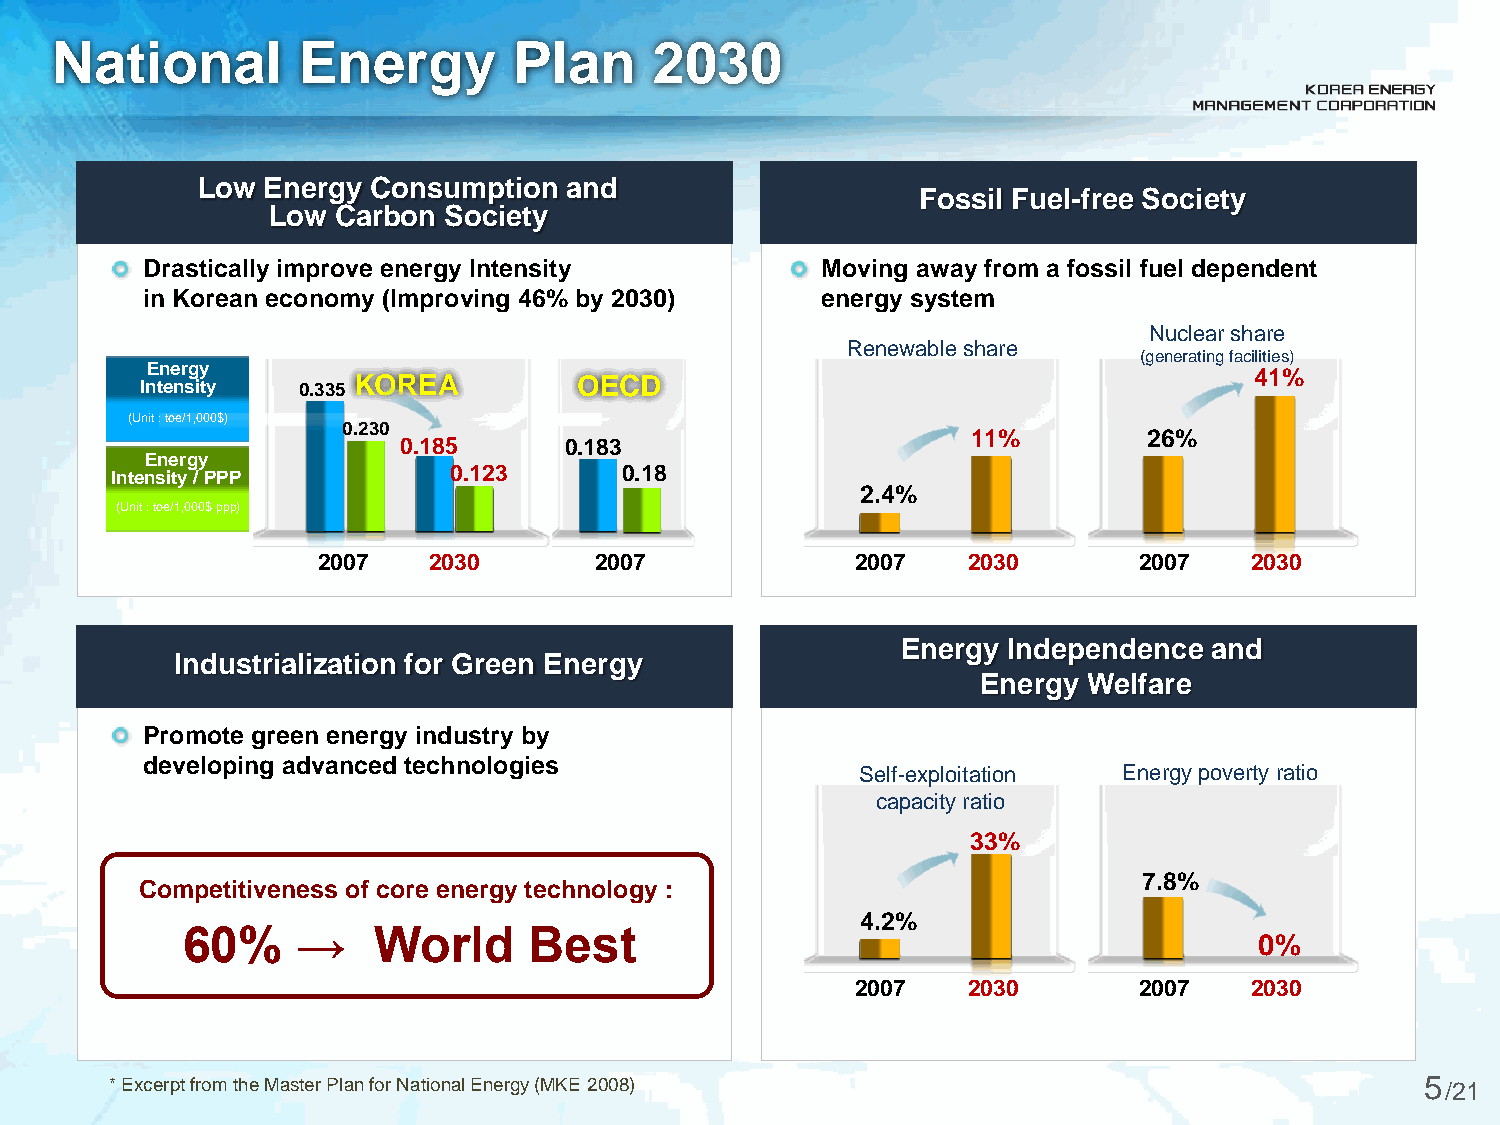
National         Energy        Plan     2030
 Low  Energy Consumption and
 Fossil Fuel-free Society
 Low Carbon Society
 Drastically improve energy Intensity         Moving away from a fossil fuel dependent
 in Korean economy (Improving 46% by 2030)    energy system
 Nuclear share
 Renewable share
 (generating facilities)
 Energy
 Intensity  0.335 KOREA       OECD                                         41%
 (Unit : toe/1,000$)
 0.230
 11%         26%
 0.185      0.183
 Energy
 0.123      0.18
 Intensity / PPP
 2.4%
 (Unit : toe/1,000$ ppp)
 2007   2030       2007              2007   2030       2007    2030
 Energy Independence and
 Industrialization for Green Energy
 Energy Welfare
 Promote green energy industry by
 developing advanced technologies
 Self-exploitation Energy poverty ratio
 capacity ratio
 33%
 7.8%
 Competitiveness of core energy technology :
 4.2%
 60%     →    World     Best
 0%
 2007   2030       2007    2030
 * Excerpt from the Master Plan for National Energy (MKE 2008)                          5 /21